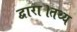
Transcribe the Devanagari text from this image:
द्वारा।तथ्य